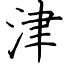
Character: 津